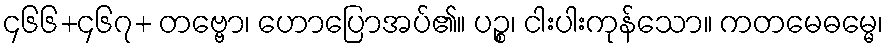
၄၆၆+၄၆၇+ တဗ္ဗော၊ ဟောပြောအပ်၏။ ပဉ္စ၊ ငါးပါးကုန်သော။ ကတမေဓမ္မေ၊